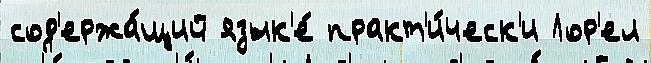
сод'ержа́щий язык'е́ практ'и́ческ'и Лор'ел